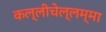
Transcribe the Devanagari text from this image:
कल्लीचेल्लम्मा